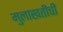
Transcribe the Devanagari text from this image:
मुलाखतीची